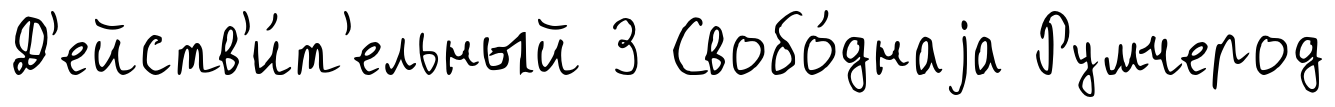
Д'ейств'и́т'ельный 3 Свобо́днаjа Румчерод